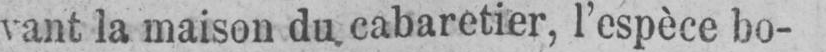
vant la maison du cabaretier, l’espèce bo-